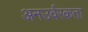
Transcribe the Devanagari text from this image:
अनउर्वरकता